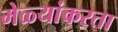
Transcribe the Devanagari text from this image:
मेळ्यांकरता